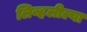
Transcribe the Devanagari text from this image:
लिव्हलील्या